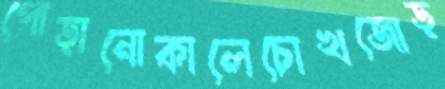
পোড়ানোকালেচোখজোড়